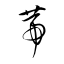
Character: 菷